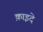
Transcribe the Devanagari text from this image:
क़ाइदे